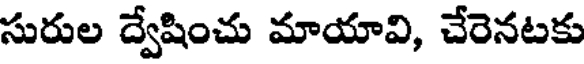
సురుల ద్వేషించు మాయావి, చేరెనటకు